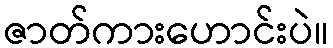
ဇာတ်ကားဟောင်းပဲ။